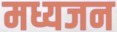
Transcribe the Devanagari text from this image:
मध्यजन